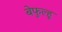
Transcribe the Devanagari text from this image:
बेफुल्हू